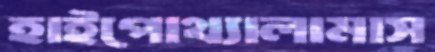
হাইপোথ্যালামাস